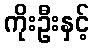
ကိုးဦးနှင့်